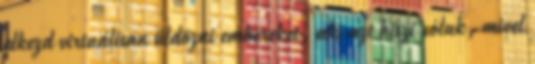
elkezd virtuálisan üldözni embereket, aki azt hiszi róluk, mivel